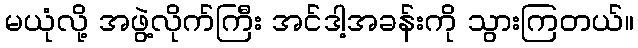
မယုံလို့ အဖွဲ့လိုက်ကြီး အင်ဒါ့အခန်းကို သွားကြတယ်။